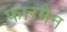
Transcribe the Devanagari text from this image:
फारमैन